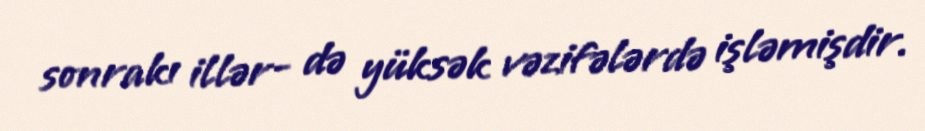
sonrakı illər- də yüksək vəzifələrdə işləmişdir.